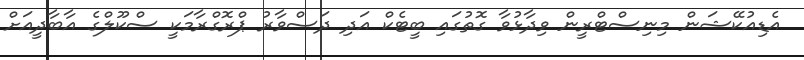
އެޑިއުކޭޝަން މިނިސްޓްރީން ވިދާޅުވާ ގޮތުގައި ބީޓެކް އަދި ދަސްވާރު ޕްރޮގްރާމަކީ ސްކޫލްގެ އާބާދީއަށް